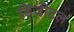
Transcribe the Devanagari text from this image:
डिजीटल